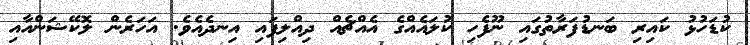
ކުޑަހުޅު ކައިރި ބަނޑުފަރާތުގައި ނޫފެހި ކުލައެއްގެ އެއްޗެއް ދިއްލިފައި އިނދެއެވެ. އަހަރެން ލޮކޭޝަންއާއި